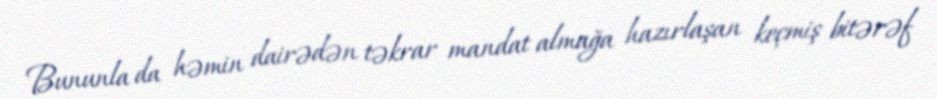
Bununla da həmin dairədən təkrar mandat almağa hazırlaşan keçmiş bitərəf